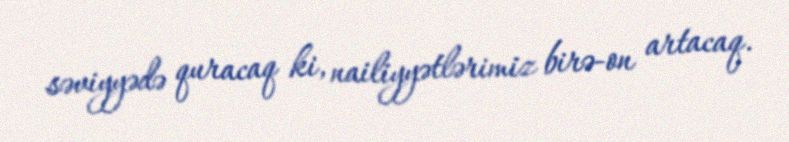
səviyyədə quracaq ki, nailiyyətlərimiz birə-on artacaq.